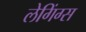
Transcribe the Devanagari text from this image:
लेगिंग्स